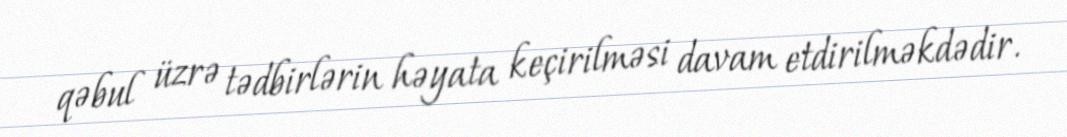
qəbul üzrə tədbirlərin həyata keçirilməsi davam etdirilməkdədir.